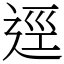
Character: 逕